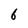
Character: 6